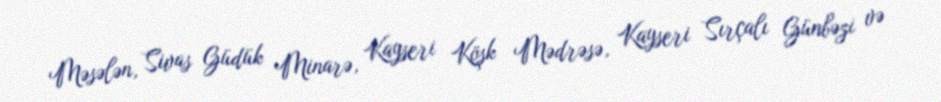
Məsələn, Sivas Güdük Minarə, Kayseri Köşk Mədrəsə, Kayseri Sırçalı Günbəzi və